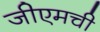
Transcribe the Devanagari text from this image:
जीएमची